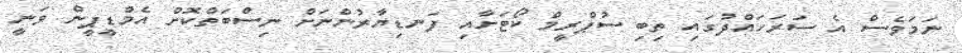
ނަމަވެސް އެ ސަރަހައްދުގައި ތިބި ސުޕްރީމް ކޯޓަށާއި ފަނޑިޔާރުންނަށް ނިސްބަތްކޮށް އެމްޑީޕީން ވަނީ